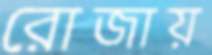
রোজায়